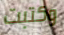
وكتبت